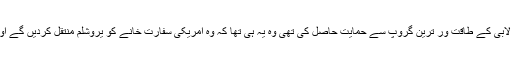
امریکی صدر ڈونلڈ ٹرمپ نے جس وعدے پر اسرائیلی لابی کے طاقت ور ترین گروپ سے حمایت حاصل کی تھی وہ یہ ہی تھا کہ وہ امریکی سفارت خانے کو یروشلم منتقل کردیں گے اور انہوں نے صرف آٹھ ماہ میں اپنا وعدہ پورا کردکھایا۔